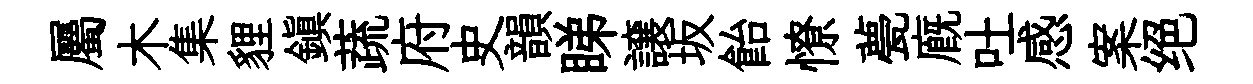
屬木集貍鎮蔬府史韻睇譲坂飴憭甍廐吐感案绝